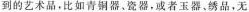
到的艺术品。比如青铜器。瓷器，或者玉器，绣品，无